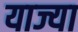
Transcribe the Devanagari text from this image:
याज्या